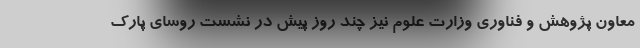
معاون پژوهش و فناوری وزارت علوم نیز چند روز پیش در نشست روسای پارک